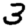
Digit: 3